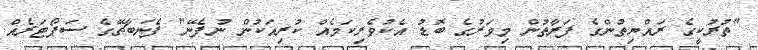
"ތުރުކީގެ ރައްޔިތުންގެ ފަރާތުން މިވަރުގެ ބޮޑު އެކުވެރިކަމެއް ކުރިއަކުން ނުފެނޭ" ފެނަބާޗޭގެ ސަޕޯޓަރެއް